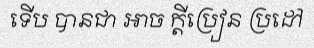
ទើប បានជា អាច ក្តីប្រៀន ប្រដៅ